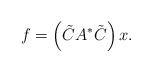
\begin{align*}f=\left(\tilde{C}A^{*}\tilde{C}\right)x.\end{align*}